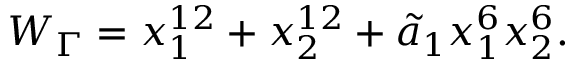
W _ { \Gamma } = x _ { 1 } ^ { 1 2 } + x _ { 2 } ^ { 1 2 } + { \tilde { a } _ { 1 } } x _ { 1 } ^ { 6 } x _ { 2 } ^ { 6 } .